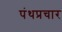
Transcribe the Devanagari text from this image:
पंथप्रचार